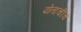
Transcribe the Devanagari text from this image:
पोताचीच